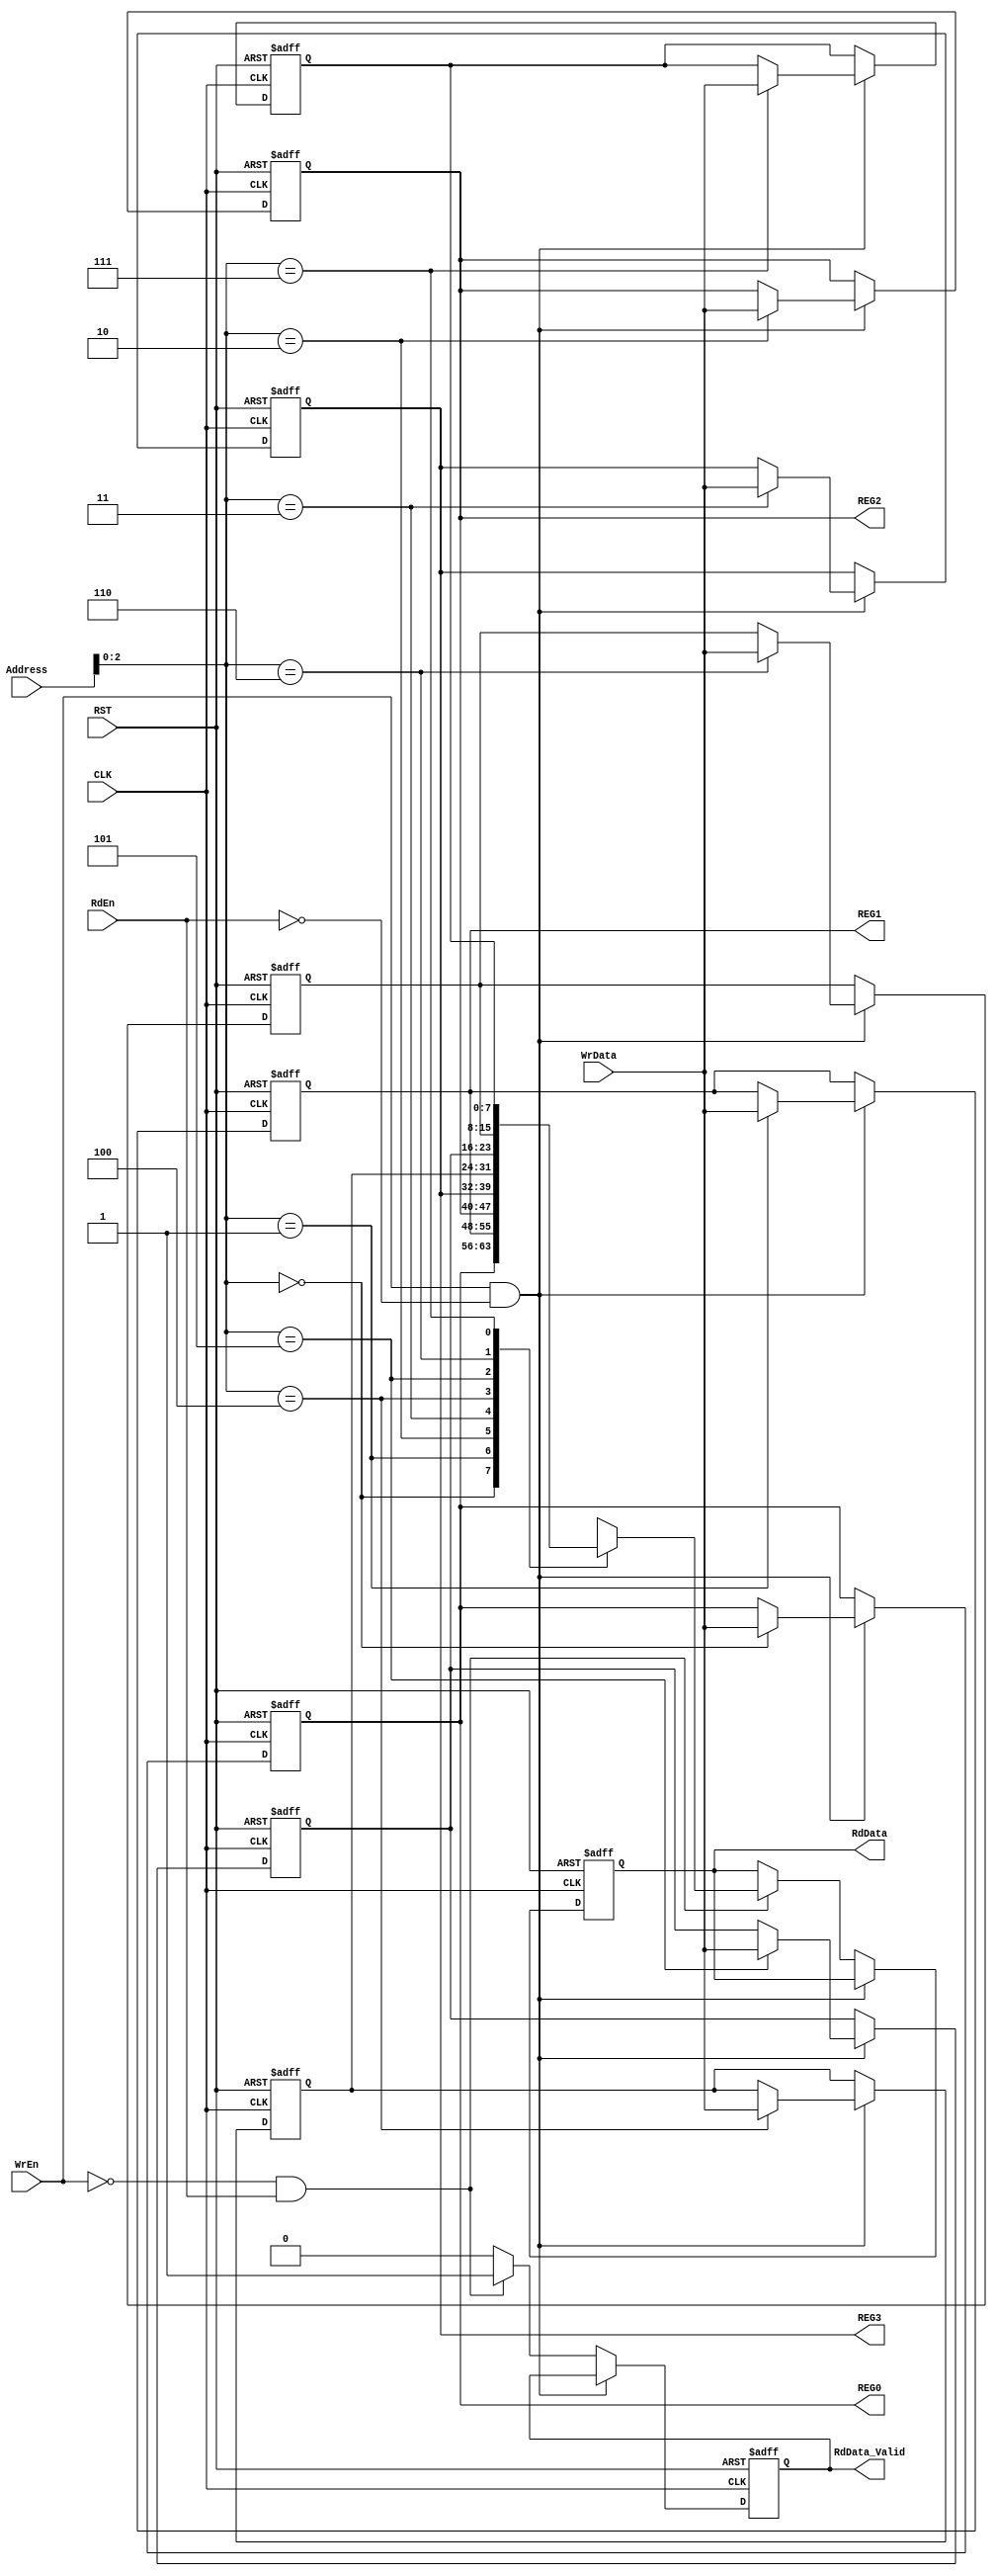
module RegFile #(  parameter BUS_WIDTH = 8, DEPTH = 8, ADDR_WIDTH  = 4, PAR_EN = 1, PAR_TYPE = 0, PRESCALE = 32, DIV_RATIO = 32 )                            
  ( input   wire                    CLK           ,        // Clock Signal
    input   wire                    RST           ,        // Active Low Reset
    input   wire                    WrEn          ,        // Write Enable
    input   wire                    RdEn          ,        // Read Enable
    input   wire  [ADDR_WIDTH-1:0]  Address       ,        // Address bus
    input   wire  [BUS_WIDTH-1 :0]  WrData        ,        // Write Data Bus
    output  wire  [BUS_WIDTH-1 :0]  REG0          ,        // Register at Address 0x0
    output  wire  [BUS_WIDTH-1 :0]  REG1          ,        // Register at Address 0x1
    output  wire  [BUS_WIDTH-1 :0]  REG2          ,        // Register at Address 0x2
    output  wire  [BUS_WIDTH-1 :0]  REG3          ,        // Register at Address 0x3
    output  reg   [BUS_WIDTH-1 :0]  RdData        ,        // Read Data Bus
    output  reg                     RdData_Valid  );       // Read Data Valid
                    
  // Memory declaration
  reg [BUS_WIDTH-1:0] MEM [DEPTH-1:0];
  
  // control loop index
  integer i;
  
  // sequential always block
  always @(posedge CLK or negedge RST)
  begin
      if(!RST)
        begin : MEMORY_CLEARING
          for(i = 0; i < DEPTH; i = i + 1)
          begin
            if(i == 2)
            begin
              MEM[i][0]   <= PAR_EN;
              MEM[i][1]   <= PAR_TYPE;
              MEM[i][7:2] <= PRESCALE;
            end
            else if(i == 3)
              MEM[i][7:0] <= DIV_RATIO;
            else
              MEM[i] <= 'b0;
          end     
          RdData <= 'b0;
          RdData_Valid <= 1'b0;
        end
        
      else if (WrEn && !RdEn)
        begin : WRITING
          MEM[Address] <= WrData;
        end
    
      else if (!WrEn && RdEn)
        begin : READING
          RdData <= MEM[Address];
          RdData_Valid <= 1'b1;
        end
        
     else
       begin : NOT_READING
         RdData_Valid <= 1'b0;
       end
  end
  
  // assign statements
  assign REG0 = MEM['h0];
  assign REG1 = MEM['h1];
  assign REG2 = MEM['h2];
  assign REG3 = MEM['h3]; 

endmodule